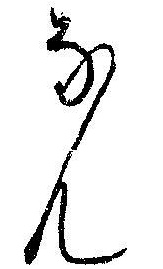
なん